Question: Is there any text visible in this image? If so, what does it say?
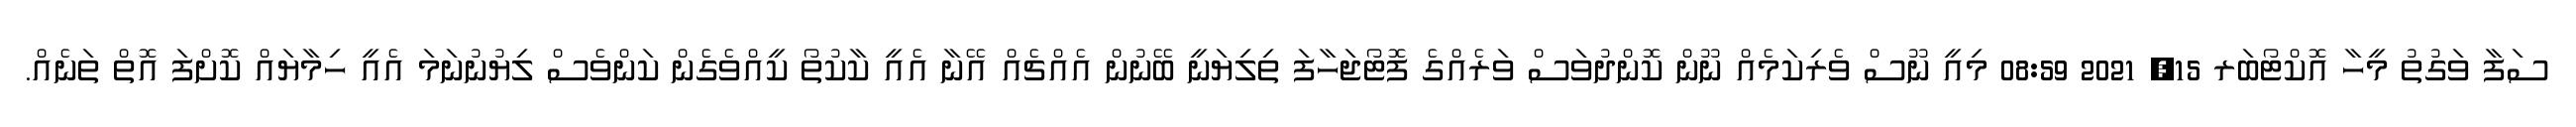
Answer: ސަފާ ވަގުތު މީހާ އޮކްޓޯބަރ 15, 2021 08:59 މިއީ ނޫސް ވެރިކަމެއް ނޫން ކޮންދުވަސް ވަރެއްގެ ފޮޓޯޖަހާފަ ތިލިޔަނީ ބޭނުން އެއްޗެއް އޭނާ އެއީ ކާކުތޯ ކީއްވެގެން ކަންވެސް ލިޔުނުނަމަ އެއީ ހިމާޔައް ކޮށްފަ އޮތް ތަނެއް.